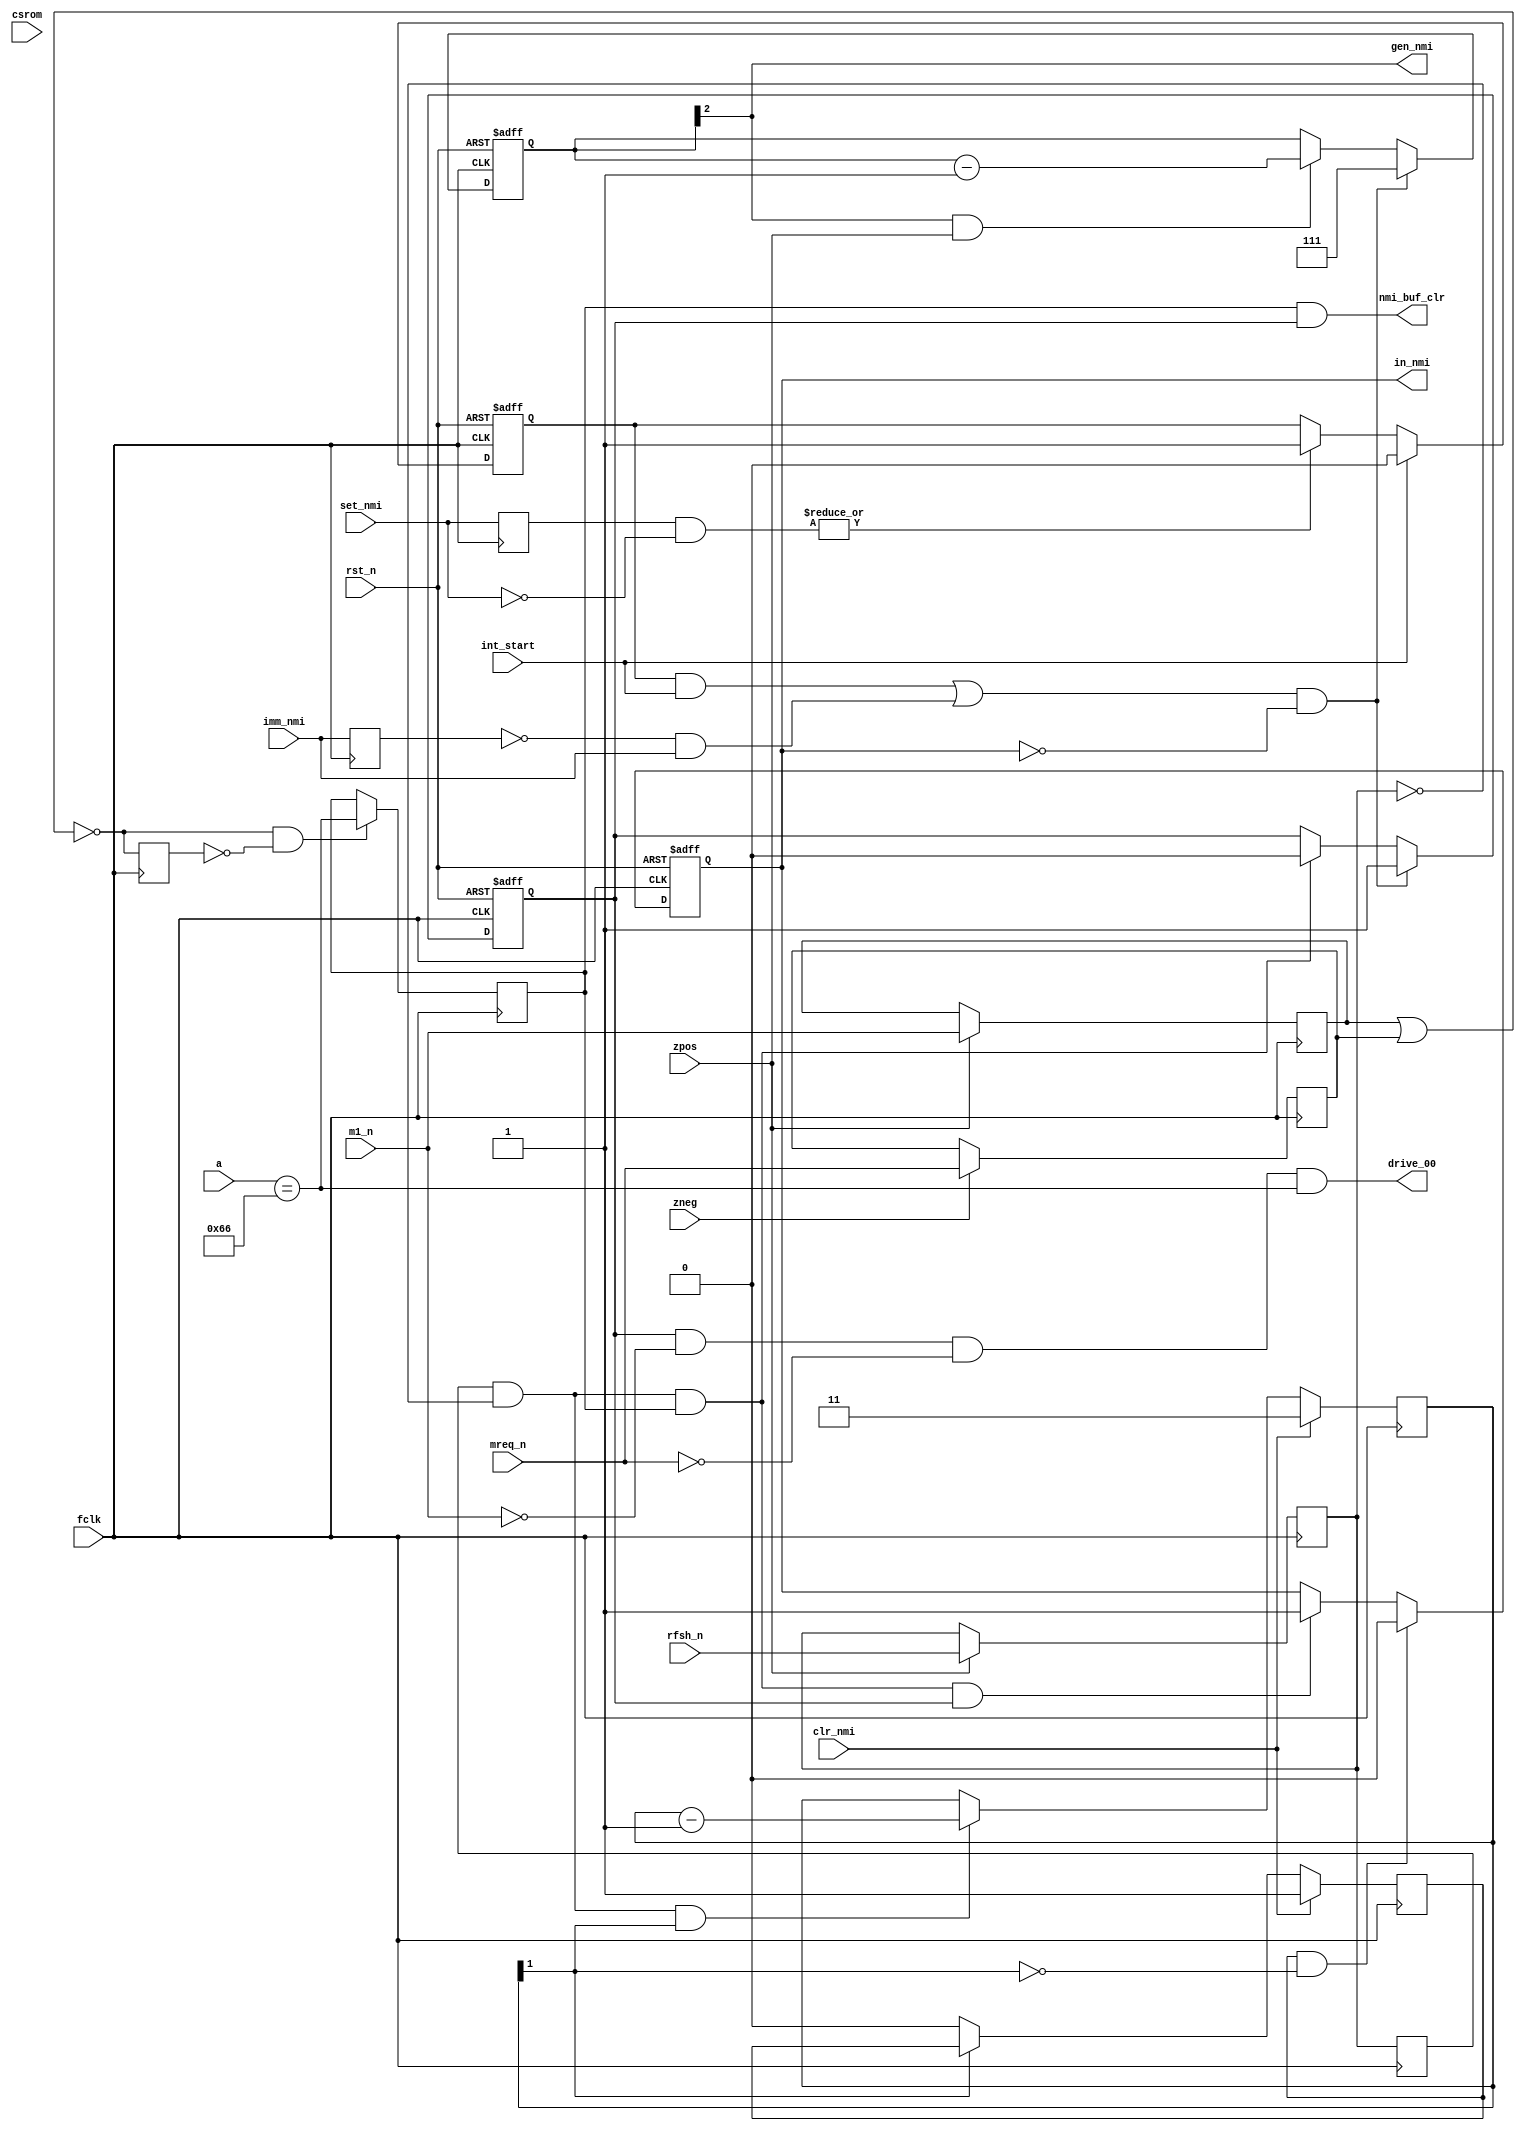
module znmi_1
(
	input  wire        rst_n,
	input  wire        fclk,
	input  wire        zpos,
	input  wire        zneg,
	input  wire        int_start, 
	input  wire [ 1:0] set_nmi,   
	input  wire        imm_nmi,   
	input  wire        clr_nmi, 
	input  wire        rfsh_n,
	input  wire        m1_n,
	input  wire        mreq_n,
	input  wire        csrom,
	input  wire [15:0] a,
	output wire drive_00, 
	output reg         in_nmi,  
	output wire        gen_nmi, 
	output wire        nmi_buf_clr 
);
	reg  [1:0] set_nmi_r;
	wire       set_nmi_now;
	reg        imm_nmi_r;
	wire       imm_nmi_now;
	reg pending_nmi;
	reg in_nmi_2; 
	reg [2:0] nmi_count;
	reg [1:0] clr_count;
	reg pending_clr;
	reg last_m1_rom;
	reg last_m1_0066;
	wire nmi_start;
	reg m1_n_reg, mreq_n_reg;
	reg [1:0] rfsh_n_reg;
	always @(posedge fclk) if( zpos )
		rfsh_n_reg[0] <= rfsh_n;
	always @(posedge fclk)
		rfsh_n_reg[1] <= rfsh_n_reg[0];
	always @(posedge fclk) if( zpos )
		m1_n_reg <= m1_n;
	always @(posedge fclk) if( zneg )
		mreq_n_reg <= mreq_n;
	wire was_m1 = ~(m1_n_reg | mreq_n_reg);
	reg was_m1_reg;
	always @(posedge fclk)
		was_m1_reg <= was_m1;
	always @(posedge fclk)
	if( was_m1 && (!was_m1_reg) )
		last_m1_rom <= csrom && (a[15:14]==2'b00);
	always @(posedge fclk)
	if( was_m1 && (!was_m1_reg) )
		last_m1_0066 <= ( a[15:0]==16'h0066 );
	always @(posedge fclk)
		set_nmi_r <= set_nmi;
	assign set_nmi_now = | (set_nmi_r & (~set_nmi) );
	always @(posedge fclk)
		imm_nmi_r <= imm_nmi;
	assign imm_nmi_now = | ( (~imm_nmi_r) & imm_nmi );
	always @(posedge fclk, negedge rst_n)
	if( !rst_n )
		pending_nmi <= 1'b0;
	else 
	begin
		if( int_start )
			pending_nmi <= 1'b0;
		else if( set_nmi_now )
			pending_nmi <= 1'b1;
	end
	assign nmi_start = (pending_nmi && int_start) || imm_nmi_now;
	always @(posedge fclk)
	if( clr_nmi )
		clr_count <= 2'd3;
	else if( rfsh_n_reg[1] && (!rfsh_n_reg[0]) && clr_count[1] )
		clr_count <= clr_count - 2'd1;
	always @(posedge fclk)
	if( clr_nmi )
		pending_clr <= 1'b1;
	else if( !clr_count[1] )
		pending_clr <= 1'b0;
	always @(posedge fclk, negedge rst_n)
	if( !rst_n )
		in_nmi_2 <= 1'b0;
	else 
	begin
		if( nmi_start && (!in_nmi)  ) 
			in_nmi_2 <= 1'b1;
		else if( rfsh_n_reg[1] && (!rfsh_n_reg[0]) && last_m1_0066 )
			in_nmi_2 <= 1'b0;
	end
	assign drive_00 = in_nmi_2 && (!m1_n) && (!mreq_n) && (a[15:0]==16'h0066); 
	assign nmi_buf_clr = last_m1_0066 && in_nmi_2;
	always @(posedge fclk, negedge rst_n)
	if( !rst_n )
		in_nmi <= 1'b0;
	else 
	begin
		if( pending_clr && (!clr_count[1]) )
			in_nmi <= 1'b0;
		else if( 
		         (rfsh_n_reg[1] && (!rfsh_n_reg[0]) && last_m1_0066 && in_nmi_2) )
			in_nmi <= 1'b1;
	end
	always @(posedge fclk, negedge rst_n)
	if( !rst_n )
		nmi_count <= 3'b000;
	else if( nmi_start && (!in_nmi) )
		nmi_count <= 3'b111;
	else if( nmi_count[2] && zpos )
		nmi_count <= nmi_count - 3'd1;
	assign gen_nmi = nmi_count[2];
endmodule